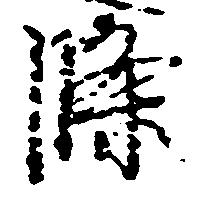
条